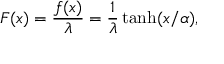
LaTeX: F ( x ) = \frac { f ( x ) } { \lambda } = \frac { 1 } { \lambda } \operatorname { t a n h } ( x / \alpha ) ,